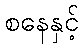
စနေနှင့်